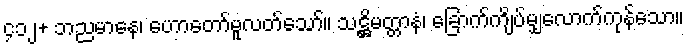
၄၁၂+ ဘညမာနေ၊ ဟောတော်မူလတ်သော်။ သဋ္ဌိမတ္တာနံ၊ ခြောက်ကျိပ်မျှလောက်ကုန်သော။